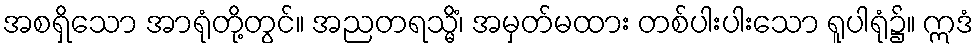
အစရှိသော အာရုံတို့တွင်။ အညတရသ္မိံ၊ အမှတ်မထား တစ်ပါးပါးသော ရူပါရုံ၌။ ဣဒံ